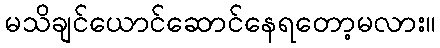
မသိချင်ယောင်ဆောင်နေရတော့မလား။